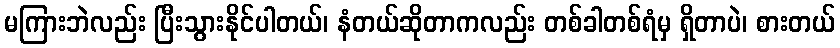
မကြားဘဲလည်း ပြီးသွားနိုင်ပါတယ်၊ နံတယ်ဆိုတာကလည်း တစ်ခါတစ်ရံမှ ရှိတာပဲ၊ စားတယ်